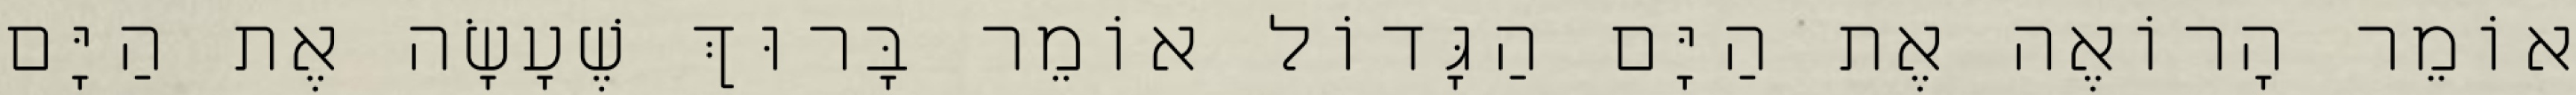
אוֹמֵר הָרוֹאֶה אֶת הַיָּם הַגָּדוֹל אוֹמֵר בָּרוּךְ שֶׁעָשָׂה אֶת הַיָּם